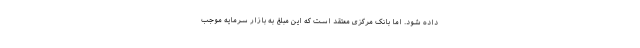
داده شود. اما بانک مرکزی معتقد است که این مبلغ به بازار سرمایه موجب